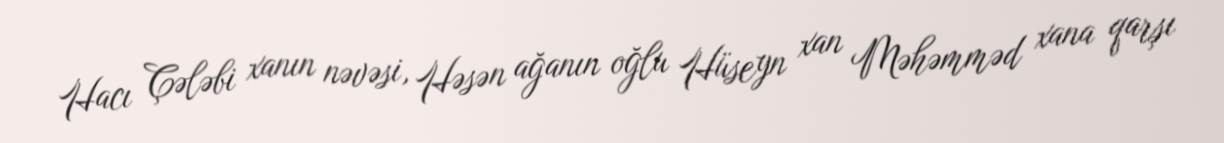
Hacı Çələbi xanın nəvəsi, Həsən ağanın oğlu Hüseyn xan Məhəmməd xana qarşı